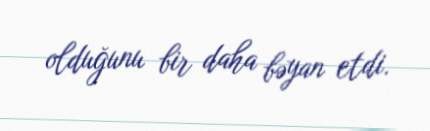
olduğunu bir daha bəyan etdi.